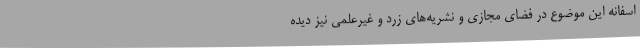
اسفانه این موضوع در فضای مجازی و نشریه‌های زرد و غیرعلمی نیز دیده